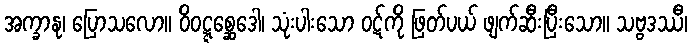
အက္ခာနု၊ ပြောသလော။ ဝိဝဋ္ဋစ္ဆေဒေါ၊ သုံးပါးသော ဝဋ်ကို ဖြတ်ပယ် ဖျက်ဆီးပြီးသော။ သဗ္ဗဒဿီ၊